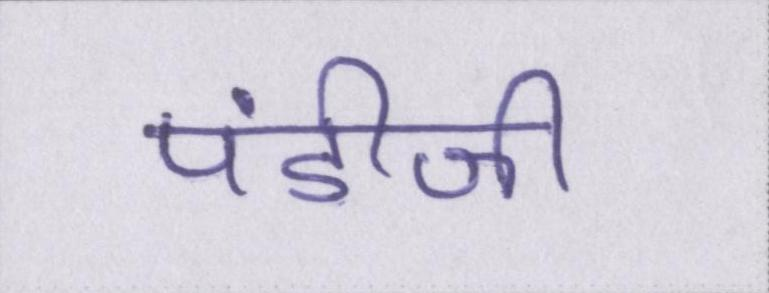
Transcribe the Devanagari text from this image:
पंडीजी